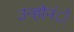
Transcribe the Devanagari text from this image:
उन्होनंे